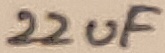
Text: 22uF